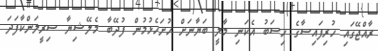
ރާއްޖޭގައި ހުރިފައިސާގެ ހިސަބު އެކަނި މާލީ ބަޔާނަށް ހުށަހެޅުމުން ފުދޭބާ މެލޭޝިޔާ ސިރީލަންކާފަދަ